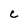
Character: C